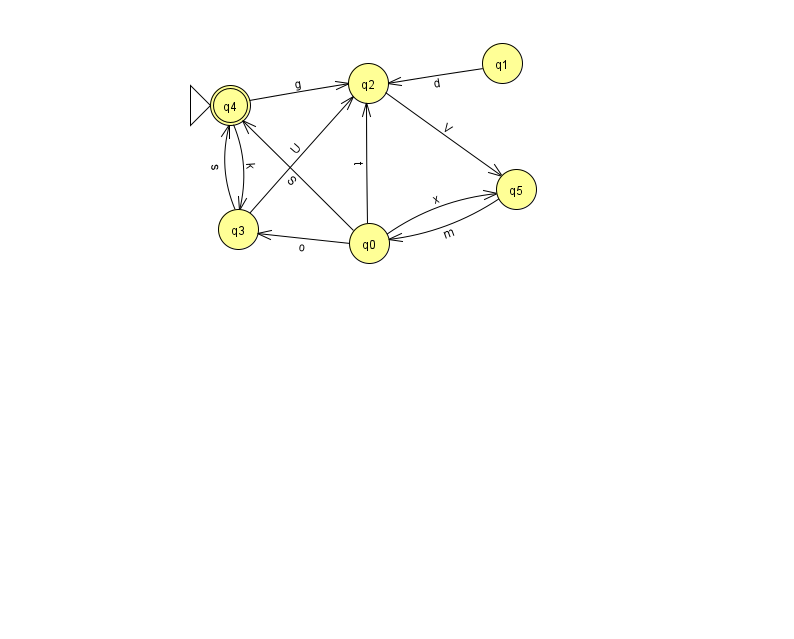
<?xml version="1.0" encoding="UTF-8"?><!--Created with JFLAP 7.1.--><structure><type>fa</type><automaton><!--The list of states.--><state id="0" name="q0"><x>369.0</x><y>230.0</y></state><state id="1" name="q1"><x>502.0</x><y>50.0</y></state><state id="2" name="q2"><x>368.0</x><y>70.0</y></state><state id="3" name="q3"><x>238.0</x><y>216.0</y></state><state id="4" name="q4"><x>230.0</x><y>92.0</y><initial/><final/></state><state id="5" name="q5"><x>516.0</x><y>176.0</y></state><!--The list of transitions.--><transition><from>0</from><to>2</to><read>t</read></transition><transition><from>0</from><to>4</to><read>S</read></transition><transition><from>4</from><to>2</to><read>g</read></transition><transition><from>2</from><to>5</to><read>V</read></transition><transition><from>3</from><to>2</to><read>U</read></transition><transition><from>3</from><to>4</to><read>s</read></transition><transition><from>0</from><to>3</to><read>o</read></transition><transition><from>5</from><to>0</to><read>m</read></transition><transition><from>1</from><to>2</to><read>d</read></transition><transition><from>0</from><to>5</to><read>x</read></transition><transition><from>4</from><to>3</to><read>k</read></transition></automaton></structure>